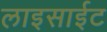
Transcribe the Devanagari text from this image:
लाइसाईट